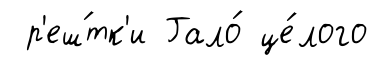
р'еш́тк'и Гало́ це́лого